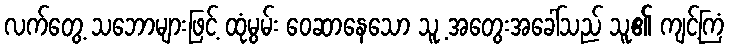
လက်တွေ့ သဘောများဖြင့် ထုံမွမ်း ဝေဆာနေသော သူ့ အတွေးအခေါ်သည် သူ၏ ကျင့်ကြံ